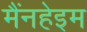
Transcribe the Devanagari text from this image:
मैंनहेइम